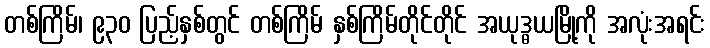
တစ်ကြိမ်၊ ၉၃၀ ပြည့်နှစ်တွင် တစ်ကြိမ် နှစ်ကြိမ်တိုင်တိုင် အယုဒ္ဓယမြို့ကို အလုံးအရင်း